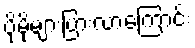
ပိုမိုများပြားလာကြောင်း